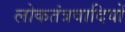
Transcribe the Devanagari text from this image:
लोकतंत्रवादियों